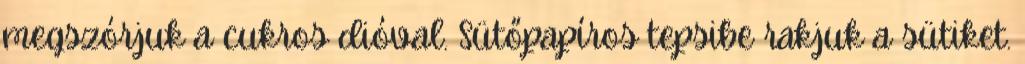
megszórjuk a cukros dióval. Sütőpapíros tepsibe rakjuk a sütiket.